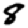
Digit: 8